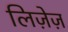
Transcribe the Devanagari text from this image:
लिज़ेज़